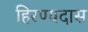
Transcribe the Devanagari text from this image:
हिरण्यदास